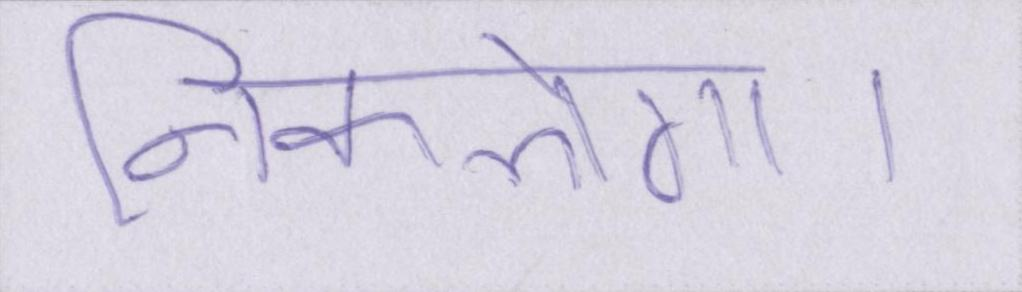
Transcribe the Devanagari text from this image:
निकलेगा।